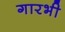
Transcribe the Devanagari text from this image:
गारभी